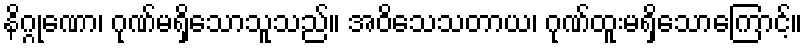
နိဂ္ဂုဏော၊ ဂုဏ်မရှိသောသူသည်။ အဝိသေသတာယ၊ ဂုဏ်ထူးမရှိသောကြောင့်။